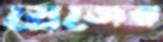
স্লেজের